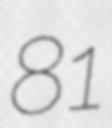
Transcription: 81